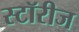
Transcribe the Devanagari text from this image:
स्टॉरीज